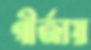
গীর্জায়